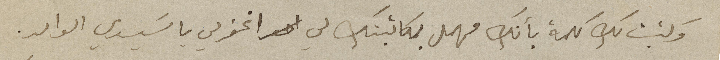
وكتبت لك كلمة بأنك مهمل بمكاتبتك لي اغفر لي يا سَيدي الوالد.